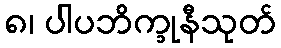
၈၊ ပါပဘိက္ခုနီသုတ်